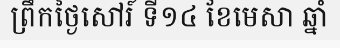
ព្រឹកថ្ងៃសៅរ៍ ទី១៤ ខែមេសា ឆ្នាំ